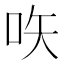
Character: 𠱈